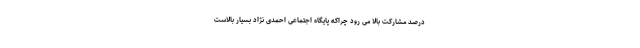
درصد مشارکت بالا می رود چراکه پایگاه اجتماعی احمدی نژاد بسیار بالاست